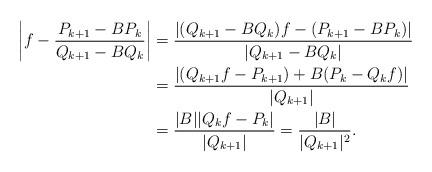
LaTeX: \begin{align*}\left| f - \frac{P_{k+1} - BP_k}{Q_{k+1} - BQ_k} \right| &= \frac{| (Q_{k+1} - BQ_k)f - (P_{k+1} - BP_k)|}{| Q_{k+1} - BQ_k|} \\&=\frac{ | (Q_{k+1} f - P_{k+1}) +B(P_k - Q_kf)|}{ |Q_{k+1}|} \\&= \frac{|B||Q_k f-P_k|}{|Q_{k+1}|} = \frac{|B|}{|Q_{k+1}|^2}.\end{align*}